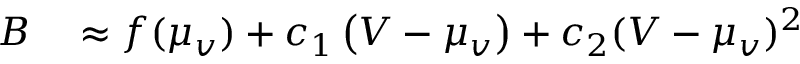
\begin{array} { r l } { B } & { { } \approx f ( \mu _ { v } ) + c _ { 1 } \left( { V } - \mu _ { v } \right) + c _ { 2 } ( V - \mu _ { v } ) ^ { 2 } } \end{array}